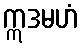
ဣဒမဟံ